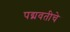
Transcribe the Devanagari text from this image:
पद्मवतीचे